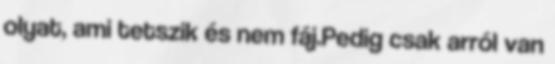
olyat, ami tetszik és nem fáj.Pedig csak arról van